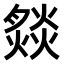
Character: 𤎢